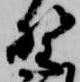
野